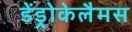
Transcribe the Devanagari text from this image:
डेंड्रोकेलैमस